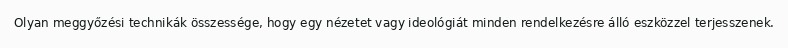
Olyan meggyőzési technikák összessége, hogy egy nézetet vagy ideológiát minden rendelkezésre álló eszközzel terjesszenek.